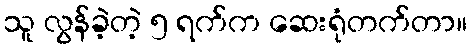
သူ လွန်ခဲ့တဲ့ ၅ ရက်က ဆေးရုံတက်တာ။